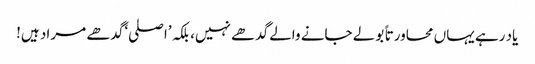
یاد رہے یہاں محاورتا ً بولے جانے والے گدھے نہیں، بلکہ ’اصلی‘ گدھے مراد ہیں!